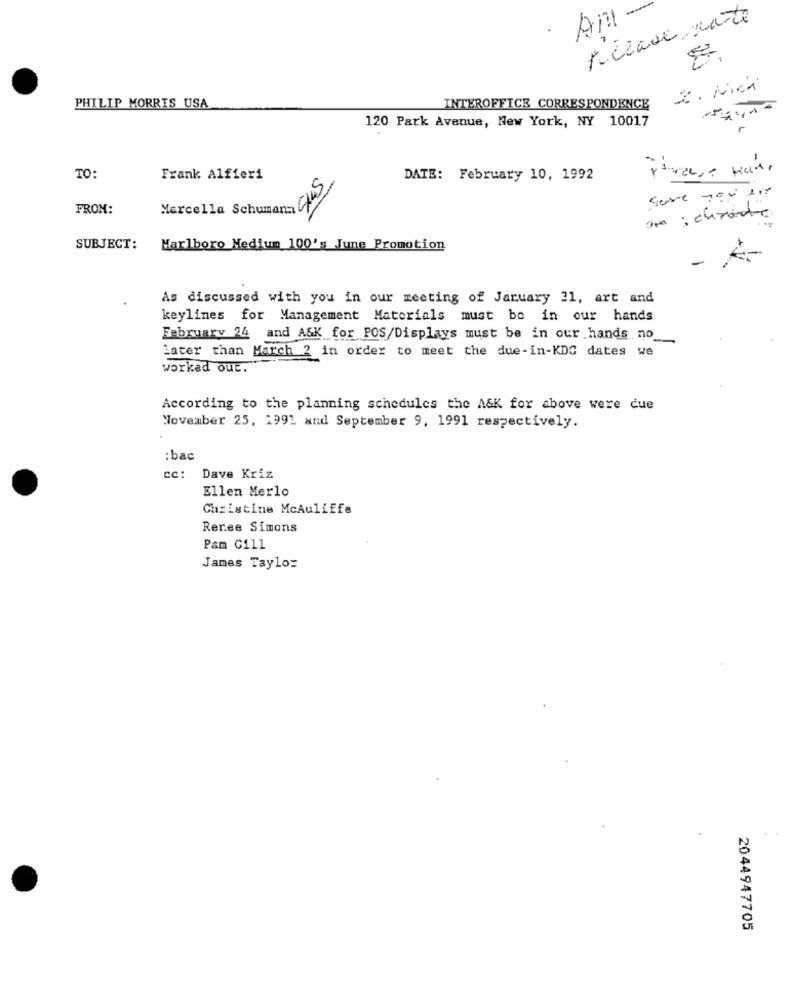
Please rate
An
PHILIP MORRIS USA
INTEROFFICE CORRESPONDENCE
120 Park Avenue, New York, NY 10017
TO:
Frank Alfieri
DATE: February 10, 1992
FROM:
Marcella Schuman CAS
Sie : curante
SUBJECT:
Marlboro Medium 100's June Promotion
As discussed with you in our meeting of January 31, art and
keylines for Management Materials must be in our hands
February 24 and ASK for POS/Displays must be in our hands no_
later than March 2 in order to meet the due-in-KDC dates we
worked out.
According to the planning schedules the ASK for above were due
November 25, 1991 and September 9, 1991 respectively.
: bac
: Dave Kriz
Ellen Merlo
Christine Mcauliffe
Renee Simons
Pam G111
James Taylor
2044947705